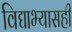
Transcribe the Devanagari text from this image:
विद्याभ्यासही